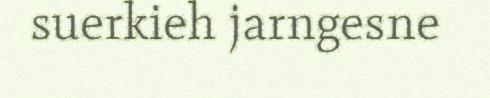
suerkieh jarngesne